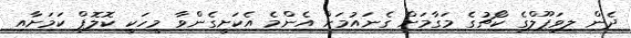
ދެން ލިވަޕޫލްގެ ކޯޗުގެ މަގާމަށް ގެނައުމަށް އެންމެ އެކަށީގެންވާ މީހަކީ ކޮލޮޕް ކަމަށާއި